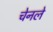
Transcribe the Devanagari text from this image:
चेनले